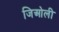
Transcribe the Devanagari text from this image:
जिओली